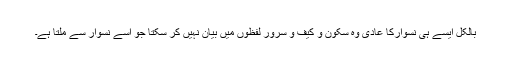
بالکل ایسے ہی نسوارکا عادی وہ سکون و کیف و سرور لفظوں میں بیان نہیں کر سکتا جو اسے نسوار سے ملتا ہے۔